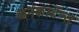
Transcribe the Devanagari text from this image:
कंनकार्डेन्स